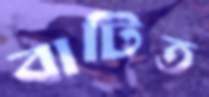
বাটিত